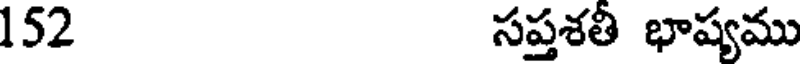
152 సప్తశతి భాష్యము